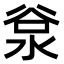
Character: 𣴲